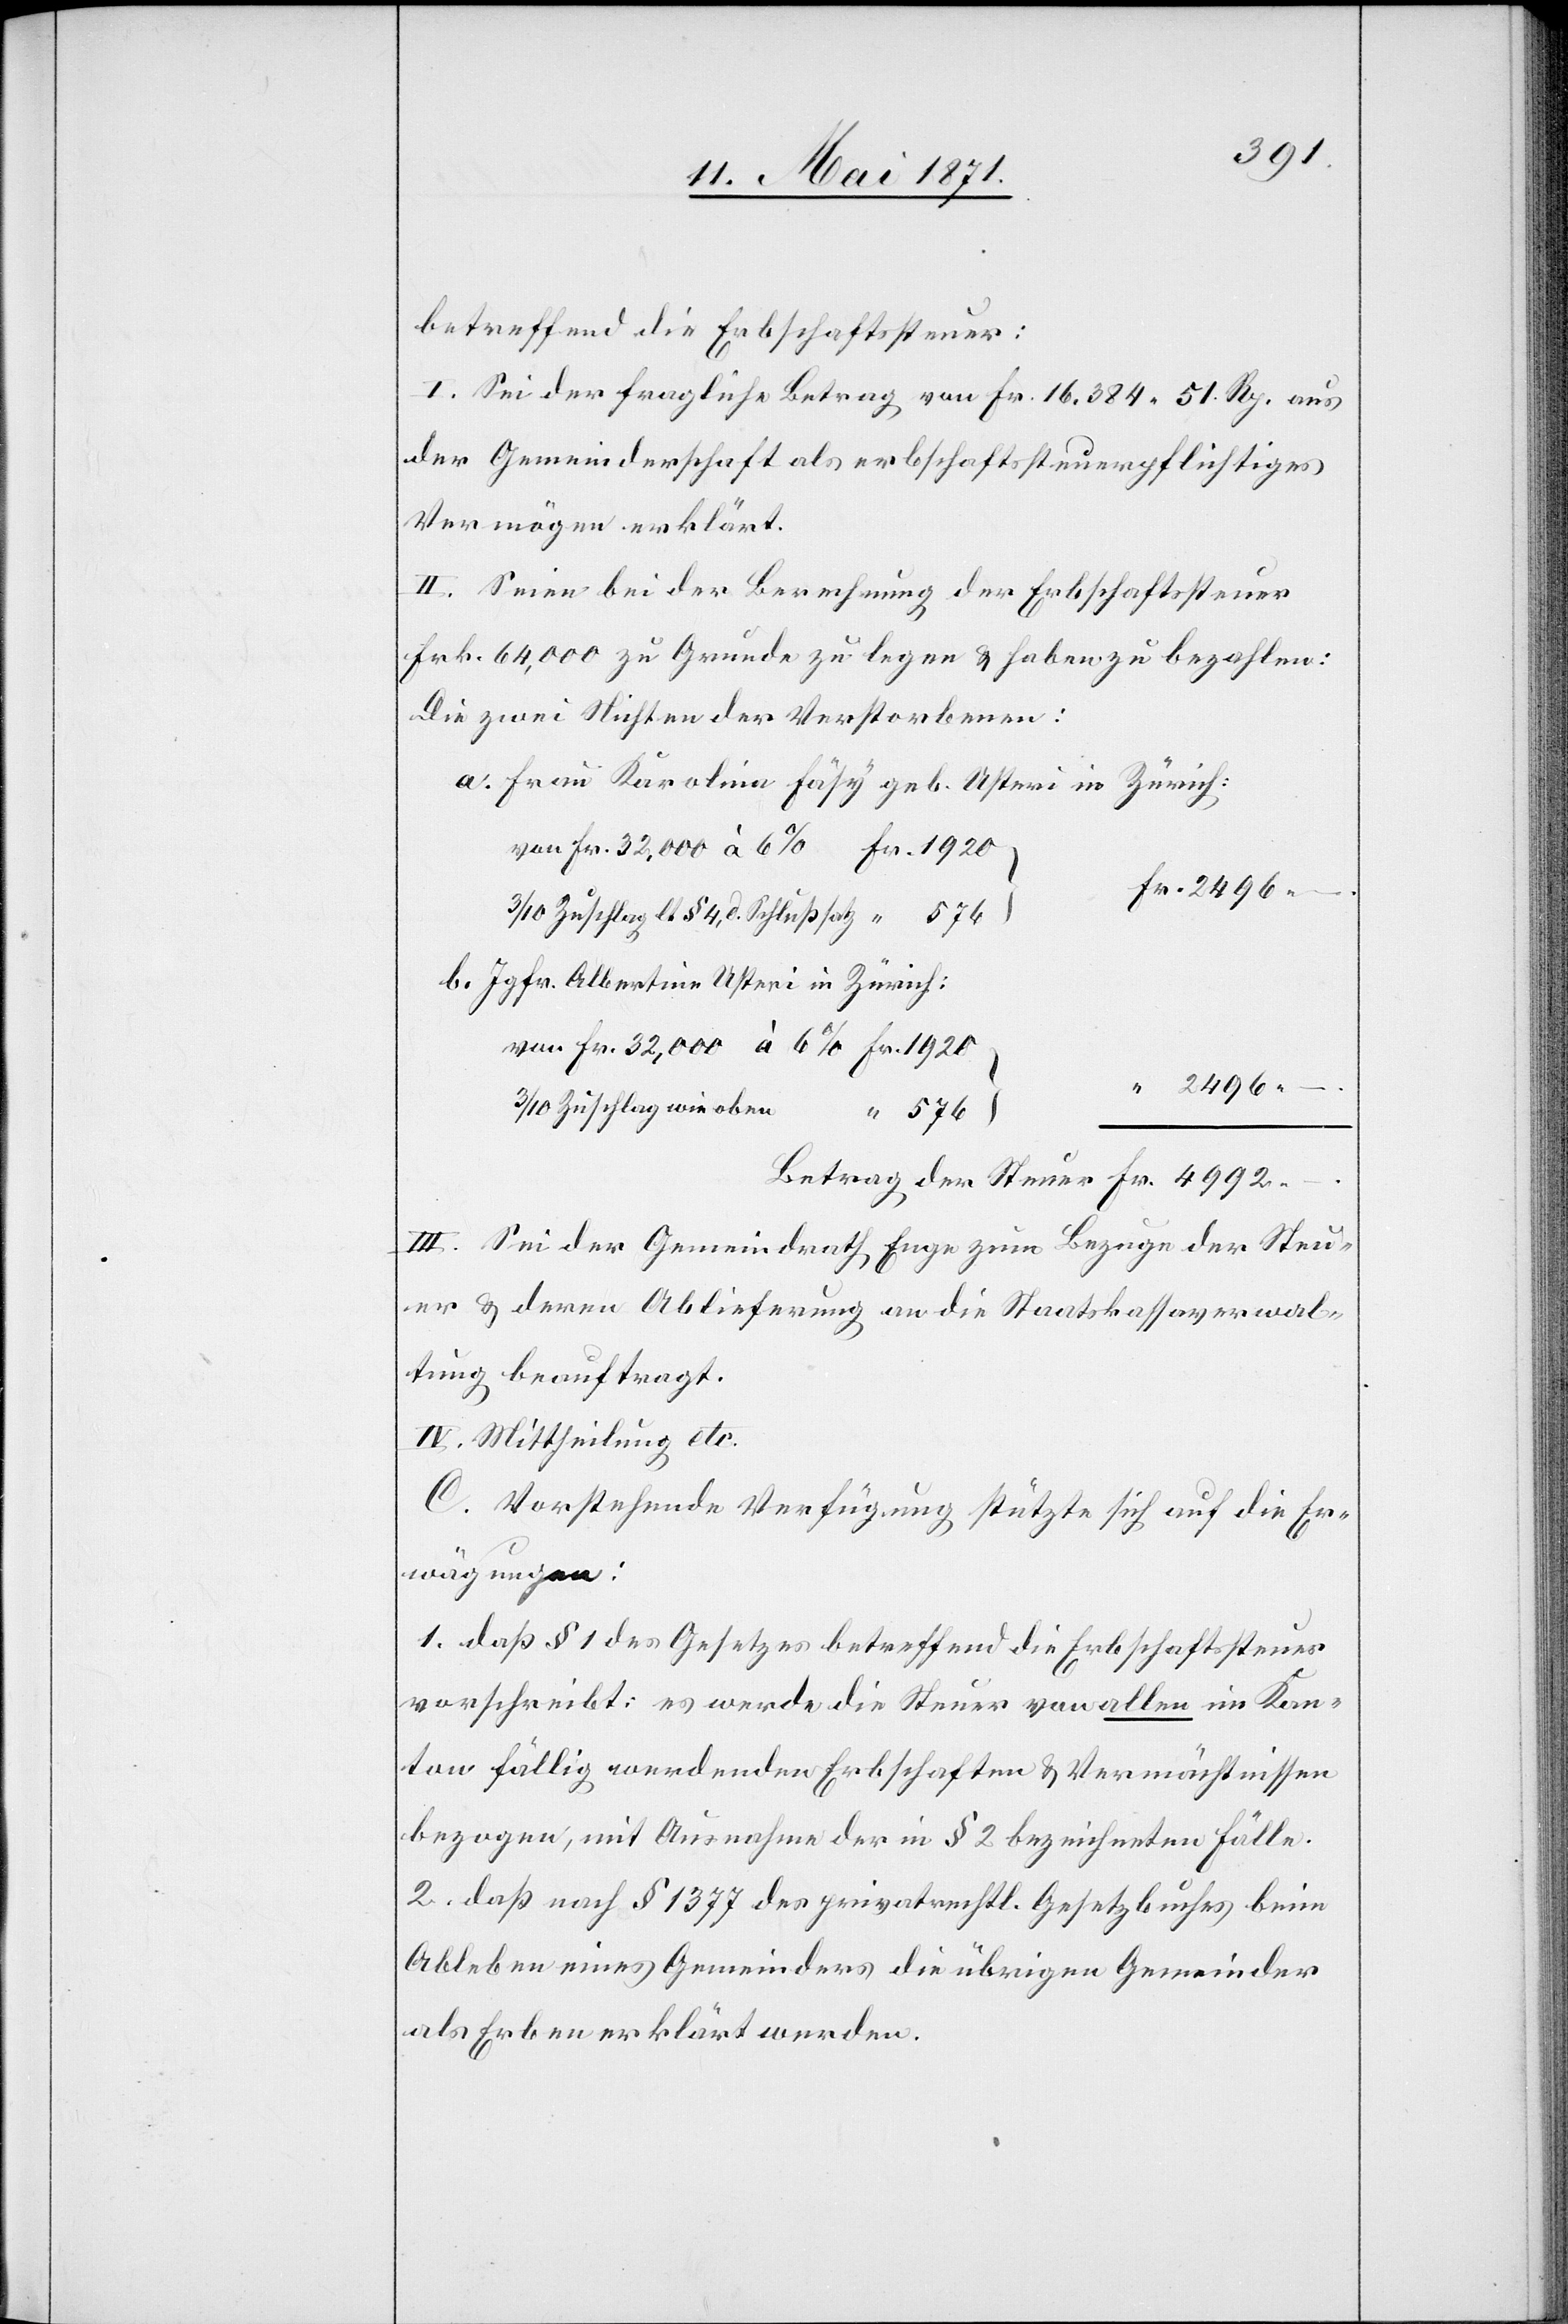
betreffend die Erbschaftssteuer:
I. Sei der fragliche Betrag von Fr. 16,384 51 Rp. aus
der Gemeinderschaft als erbschaftssteuerpflichtiges
Vermögen erklärt.
II. Seien bei der Berechnung der Erbschaftssteuer
Frk. 64,000 zu Grunde zu legen u. haben zu bezahlen:
Die zwei Nichten der Verstorbenen:
a. Frau Karolina Fäsy geb. Usteri in Zürich:
Fr. 2496 –
3/10 Zuschlag lt § 4, d Schlußsatz
b. Jgfr. Albertina Usteri in Zürich:
“ 2496 –
3/10 Zuschlag wie oben
“ 576
III. Sei der Gemeindrath Enge zum Bezuge der Steu¬
er u. deren Ablieferung an die Staatskassaverwal¬
tung beauftragt.
IV. Mittheilung etc.
C. Vorstehende Verfügung stütze sich auf die Er¬
wägungen:
1. daß § 1 des Gesetzes betreffend die Erbschaftssteuer
vorschreibt: es werde die Steuer von allen im Kan¬
ton fällig werdenden Erbschaften u. Vermächtnissen
bezogen, mit Ausnahme der in § 2 bezeichneten Fälle.
2. daß nach § 1377 des privatrechtl. Gesetzbuches beim
Ableben eines Gemeinders die übrigen Gemeinder
als Erben erklärt werden.